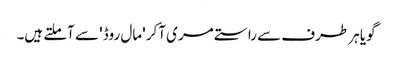
گویا ہر طرف سے راستے مری آکر 'مال روڈ' سے آملتے ہیں۔